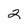
Character: 2